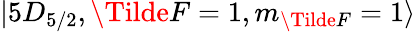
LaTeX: \lvert 5D_{5/2},\Tilde{F}=1,m_{\Tilde{F}}=1\rangle